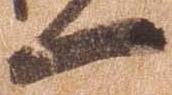
一